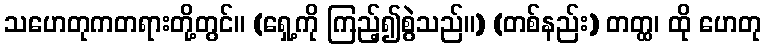
သဟေတုကတရားတို့တွင်။ (ရှေ့ကို ကြည့်၍စွဲသည်။) (တစ်နည်း) တတ္ထ၊ ထို ဟေတု